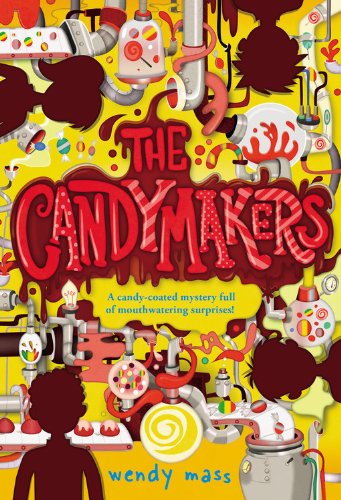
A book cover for The Candymakers; Wendy Mass; Children's Books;